Vaccination in Burma 1900-1911 - 1900-1911
Year: 1900
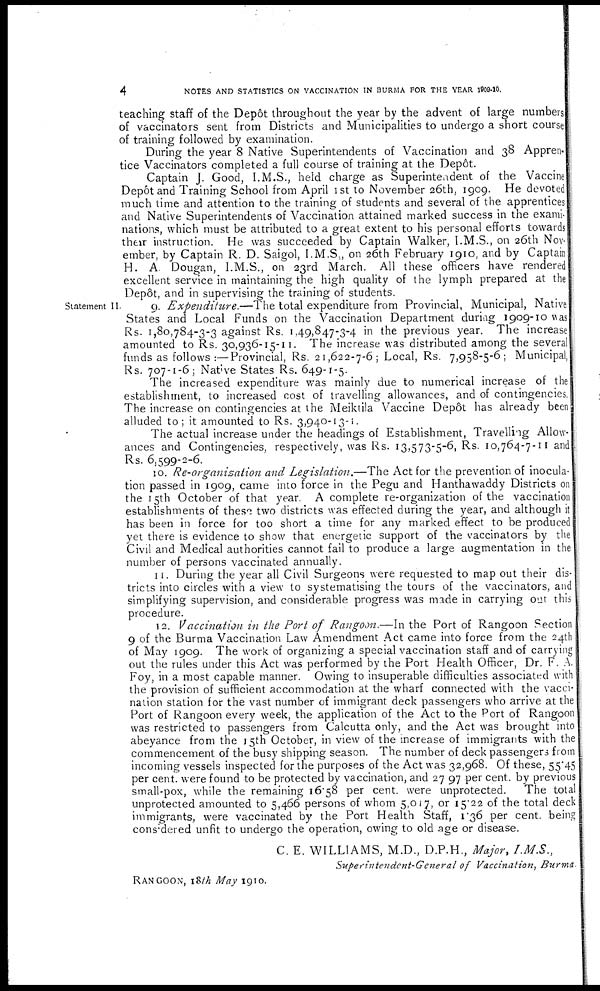
4
NOTES AND STATISTICS ON VACCINATION IN BURMA FOR THE YEAR 1909-10.
teaching staff of the Depôt throughout the year by the advent of large numbers
of vaccinators sent from Districts and Municipalities to undergo a short course
of training followed by examination.
During the year 8 Native Superintendents of Vaccination and 38 Appren-
tice Vaccinators completed a full course of training at the Depôt.
Captain J. Good, I.M.S., held charge as Superintendent of the Vaccine
Depôt and Training School from April 1st to November 26th, 1909. He devoted
much time and attention to the training of students and several of the apprentices
and Native Superintendents of Vaccination attained marked success in the exami-
nations, which must be attributed to a great extent to his personal efforts towards
their instruction. He was succeeded by Captain Walker, I.M.S., on 26th Nov-
ember, by Captain R. D. Saigol, I.M.S., on 26th February 1910, and by Captain
H. A. Dougan, I.M.S., on 23rd March. All these officers have rendered
excellent service in maintaining the high quality of the lymph prepared at the
Depôt, and in supervising the training of students.
Statement II.
9. Expenditure.—The total expenditure from Provincial, Municipal, Native
States and Local Funds on the Vaccination Department during 1909-10 was
Rs. 1,80,784-3-3 against Rs. 1,49,847-3-4 in the previous year. The increase
amounted to Rs. 30,936-15-11. The increase was distributed among the several
funds as follows :—Provincial, Rs. 21,622-7-6; Local, Rs. 7,958-5-6; Municipal,
Rs. 707-1-6; Native States Rs. 649-1-5.
The increased expenditure was mainly due to numerical increase of the
establishment, to increased cost of travelling allowances, and of contingencies.
The increase on contingencies at the Meiktila Vaccine Depôt has already been
alluded to; it amounted to Rs. 3,940-13-1.
The actual increase under the headings of Establishment, Travelling Allow-
ances and Contingencies, respectively, was Rs. 13,573-5-6, Rs. 10,764-7-11 and
Rs. 6,599-2-6.
10. Re-organization and Legislation.—The Act for the prevention of inocula-
tion passed in 1909, came into force in the Pegu and Hanthawaddy Districts on
the 15th October of that year. A complete re-organization of the vaccination
establishments of these two districts was effected during the year, and although it
has been in force for too short a time for any marked effect to be produced
yet there is evidence to show that energetic support of the vaccinators by the
Civil and Medical authorities cannot fail to produce a large augmentation in the
number of persons vaccinated annually.
11. During the year all Civil Surgeons were requested to map out their dis-
tricts into circles with a view to systematising the tours of the vaccinators, and
simplifying supervision, and considerable progress was made in carrying out this
procedure.
12. Vaccination in the Port of Rangoon.—In the Port of Rangoon Section
9 of the Burma Vaccination Law Amendment Act came into force from the 24th
of May 1909. The work of organizing a special vaccination staff and of carrying
out the rules under this Act was performed by the Port Health Officer, Dr. F. A.
Foy, in a most capable manner. Owing to insuperable difficulties associated with
the provision of sufficient accommodation at the wharf connected with the vacci-
nation station for the vast number of immigrant deck passengers who arrive at the
Port of Rangoon every week, the application of the Act to the Port of Rangoon
was restricted to passengers from Calcutta only, and the Act was brought into
abeyance from the 15th October, in view of the increase of immigrants with the
commencement of the busy shipping season. The number of deck passengers from
incoming vessels inspected for the purposes of the Act was 32,968. Of these, 55.45
per cent. were found to be protected by vaccination, and 27.97 per cent. by previous
small-pox, while the remaining 16.58 per cent. were unprotected. The total
unprotected amounted to 5,466 persons of whom 5,017, or 15.22 of the total deck
immigrants, were vaccinated by the Port Health Staff, 1.36 per cent. being
considered unfit to undergo the operation, owing to old age or disease.
C. E. WILLIAMS, M.D., D.P.H., Major, I.M.S.,
Superintendent-General
of Vaccination, Burma.
RANGOON, 18th May 1910.